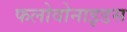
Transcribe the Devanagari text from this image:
फलोवोनाइडस